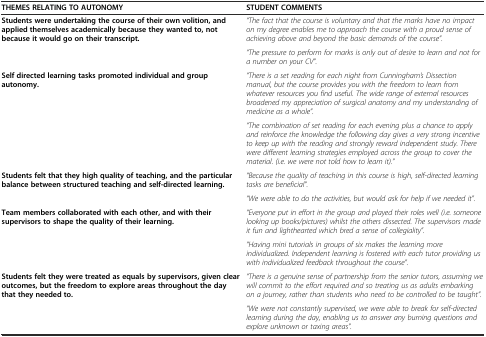
<table><thead><tr><td><b>THEMES RELATING TO AUTONOMY</b></td><td><b>STUDENT COMMENTS</b></td></tr></thead><tbody><tr><td rowspan="2"><b>Students were undertaking the course of their own volition, and applied themselves academically because they wanted to, not because it would go on their transcript.</b></td><td><i>“The fact that the course is voluntary and that the marks have no impact on my degree enables me to approach the course with a proud sense of achieving above and beyond the basic demands of the course”.</i></td></tr><tr><td><i>“The pressure to perform for marks is only out of desire to learn and not for a number on your CV”.</i></td></tr><tr><td rowspan="2"><b>Self directed learning tasks promoted individual and group autonomy.</b></td><td><i>“There is a set reading for each night from Cunningham’s Dissection manual, but the course provides you with the freedom to learn from whatever resources you find useful. The wide range of external resources broadened my appreciation of surgical anatomy and my understanding of medicine as a whole”.</i></td></tr><tr><td><i>“The combination of set reading for each evening plus a chance to apply and reinforce the knowledge the following day gives a very strong incentive to keep up with the reading and strongly reward independent study. There were different learning strategies employed across the group to cover the material. (i.e. we were not told how to learn it).”</i></td></tr><tr><td rowspan="2"><b>Students felt that they high quality of teaching, and the particular balance between structured teaching and self-directed learning.</b></td><td><i>“Because the quality of teaching in this course is high, self-directed learning tasks are beneficial”.</i></td></tr><tr><td><i>“We were able to do the activities, but would ask for help if we needed it”.</i></td></tr><tr><td rowspan="2"><b>Team members collaborated with each other, and with their supervisors to shape the quality of their learning.</b></td><td><i>“Everyone put in effort in the group and played their roles well (i.e. someone looking up books/pictures) whilst the others dissected. The supervisors made it fun and lighthearted which bred a sense of collegiality”.</i></td></tr><tr><td><i>“Having mini tutorials in groups of six makes the learning more individualized. Independent learning is fostered with each tutor providing us with individualized feedback throughout the course”.</i></td></tr><tr><td rowspan="2"><b>Students felt they were treated as equals by supervisors, given clear outcomes, but the freedom to explore areas throughout the day that they needed to.</b></td><td><i>“There is a genuine sense of partnership from the senior tutors, assuming we will commit to the effort required and so treating us as adults embarking on a journey, rather than students who need to be controlled to be taught”.</i></td></tr><tr><td><i>“We were not constantly supervised, we were able to break for self-directed learning during the day, enabling us to answer any burning questions and explore unknown or taxing areas”.</i></td></tr></tbody></table>